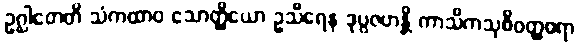
ဥဂ္ဃါတေတိ သံကထာဝ သောတ္ထိယော ဥသီရေန ဒုပ္ပဇဟန္တိ ကာသိကသုစိဝတ္ထဓရာ